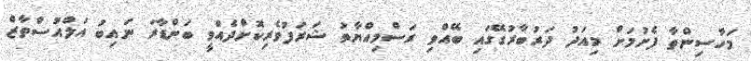
މަހާސިންތާ ފެށުމަށް މިއަދު ދަރުބާރުގޭގައި ބޭއްވި ރަސްމިއްޔާތު ޝަރަފުވެރިކޮށްދެއްވީ ބަންޑާރަ ނައިބު އަލްއުސްތާޒް